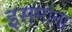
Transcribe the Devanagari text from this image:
इसमांना